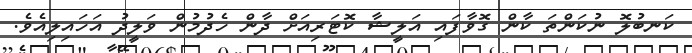
ކަނބުލޮ ނުކަންތަ ކާން ގޮވާފައި އަލީޝާ ކޮޓަރިއަށް ދާން ހެދުމުން ވަލީދު އަހައިލިއެވެ.